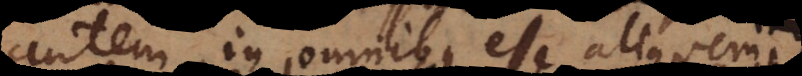
autem in omnibus esse aliquem